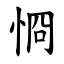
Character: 㤯